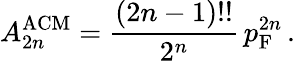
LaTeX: A_{2n}^{\mathrm{ACM}}={\frac{(2n-1)!!}{2^{n}}}\, p_{\mathrm{F}}^{2n}\, .